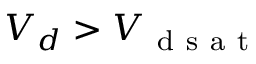
V _ { d } > V _ { \mathrm { ~ d ~ s ~ a ~ t ~ } }